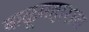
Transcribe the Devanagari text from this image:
बाळूमहाराज